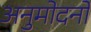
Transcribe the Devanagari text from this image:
अनुमोदनो